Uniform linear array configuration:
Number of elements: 64
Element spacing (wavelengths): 0.25
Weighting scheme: uniform
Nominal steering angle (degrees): -45
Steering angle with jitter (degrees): -44.963
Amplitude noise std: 0.05
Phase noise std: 0.05

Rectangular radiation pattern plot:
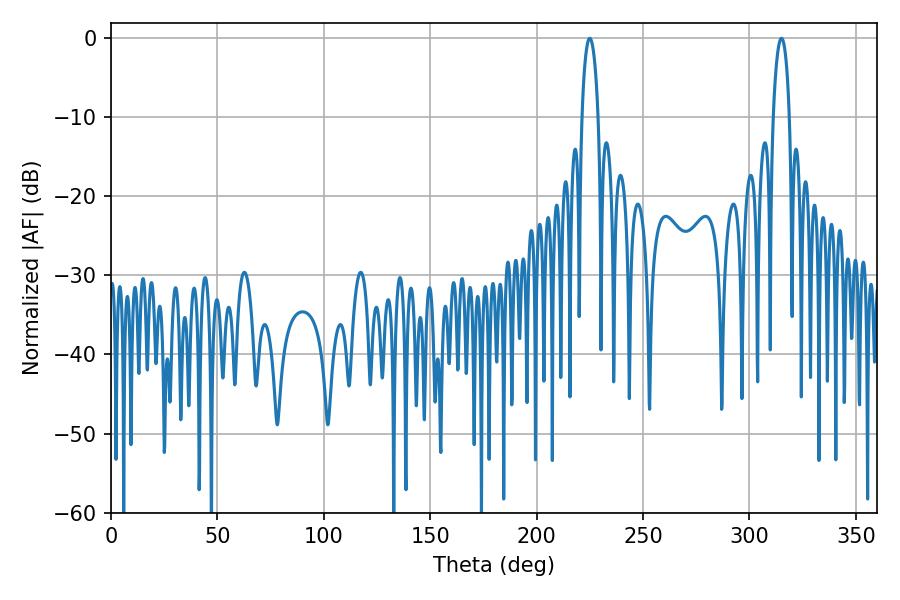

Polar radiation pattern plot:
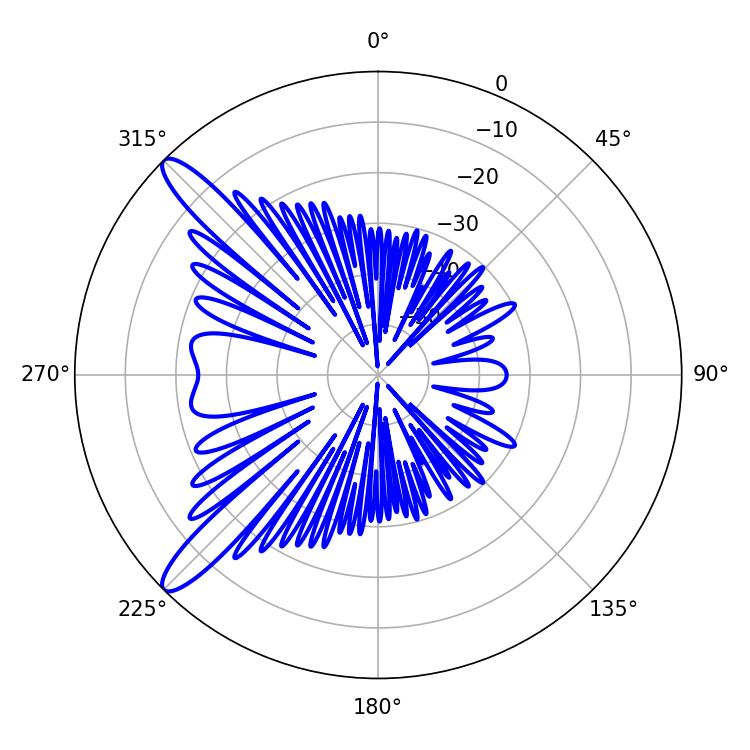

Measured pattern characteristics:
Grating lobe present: FALSE
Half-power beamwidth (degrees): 4.32
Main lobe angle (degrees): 225